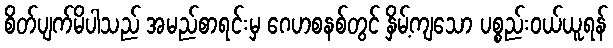
စိတ်ပျက်မိပါသည် အမည်စာရင်းမှ ဂေဟစနစ်တွင် နှိမ့်ကျသော ပစ္စည်းဝယ်ယူရန်